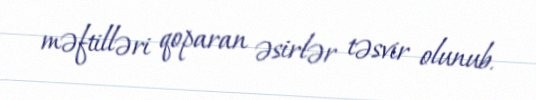
məftilləri qoparan əsirlər təsvir olunub.